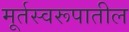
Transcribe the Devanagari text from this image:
मूर्तस्वरूपातील